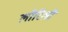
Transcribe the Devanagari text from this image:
लोरिली